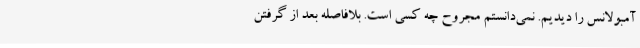
آمبولانس را دیدیم. نمی‌دانستم مجروح چه کسی است. بلافاصله بعد از گرفتن